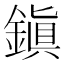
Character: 鎭